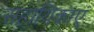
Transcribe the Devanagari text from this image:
सहायिकाएं